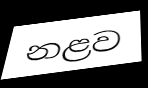
නළව